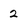
Character: 2